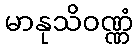
မာနုသိဝဏ္ဏံ